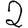
Digit: 2